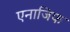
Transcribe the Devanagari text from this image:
एनाजिफ